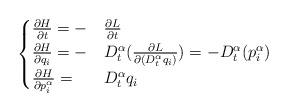
LaTeX: \begin{align*}\begin{cases}\frac{\partial H}{\partial t}=- & \frac{\partial L}{\partial t}\\\frac{\partial H}{\partial q_{i}}=- & D_{t}^{\alpha}(\frac{\partial L}{\partial(D_{t}^{\alpha}q_{i})})=-D_{t}^{\alpha}(p_{i}^{\alpha})\\\frac{\partial H}{\partial p_{i}^{\alpha}}= & D_{t}^{\alpha}q_{i}\end{cases}\end{align*}